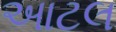
આટલ